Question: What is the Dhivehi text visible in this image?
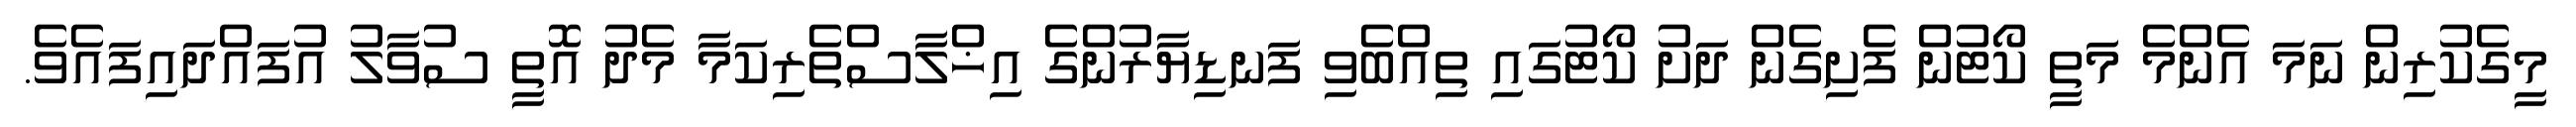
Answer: މީގެކުރިން ނަމަ އެންމެ މަތީ ކޯޓުން ފެށިގެން ދަށު ކޯޓުގައި ތިއްބެވި ފަނޑިޔާރުންގެ އިޚްލާސްތެރިކަމާ މެދު އޮތީ ސުވާލު އުފައްދައިފައެވެ.